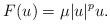
LaTeX: \begin{align*}F(u) = \mu |u|^p u.\end{align*}